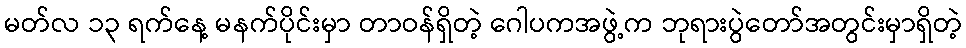
မတ်လ ၁၃ ရက်နေ့ မနက်ပိုင်းမှာ တာဝန်ရှိတဲ့ ဂေါပကအဖွဲ့က ဘုရားပွဲတော်အတွင်းမှာရှိတဲ့